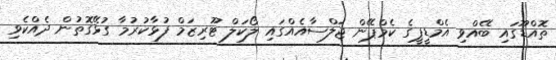
ތޮއްޑޫގައި ބޭއްވި އެމްޑީޕީގެ ކެމްޕޭން ޖަލްސާއެއްގައި ލޯކަލް ޓޫރިޒަމް ފުޅާކުރުމާ ގުޅޭގޮތުން ދެއްކެވި